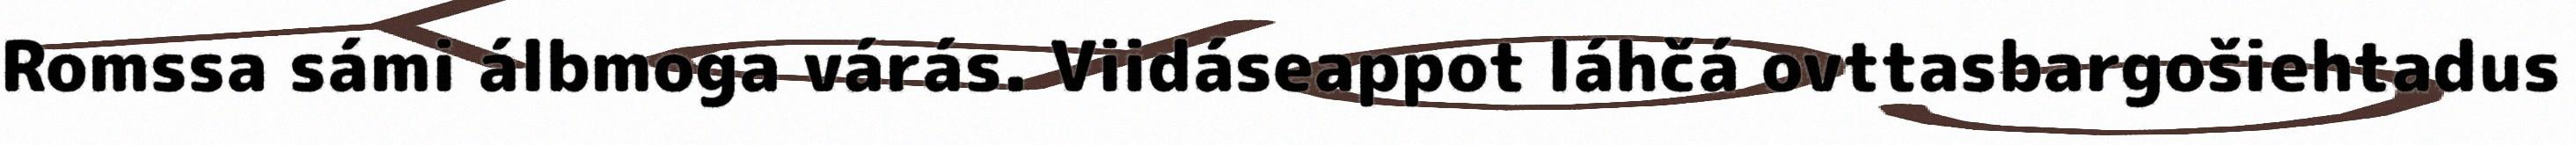
Romssa sámi álbmoga várás. Viidáseappot láhčá ovttasbargošiehtadus